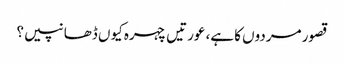
قصور مردوں کا ہے، عورتیں چہرہ کیوں ڈھانپیں؟